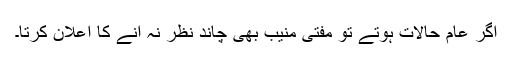
اگر عام حالات ہوتے تو مفتی منیب بھی چاند نظر نہ آنے کا اعلان کرتا۔